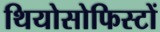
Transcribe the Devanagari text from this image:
थियोसोफिस्टों